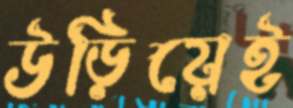
উড়িয়েই